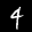
Label: 4